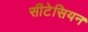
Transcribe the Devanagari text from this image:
सीटेसियन